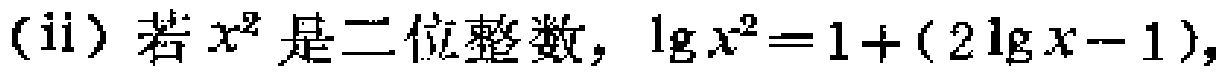
(ii) 若\(x^{2}\)是二位整数，\(\lg x^{2}=1+(2\lg x - 1)\)，